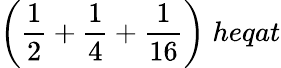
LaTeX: {\bigg(}{\frac{1}{2}}+{\frac{1}{4}}+{\frac{1}{16}}{\bigg)}\; heqat